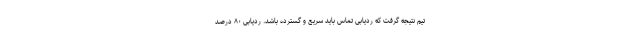
تیم نتیجه گرفت که ردیابی تماس باید سریع و گسترده باشد. ردیابی ۸۰ درصد